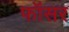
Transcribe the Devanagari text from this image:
फॉसर